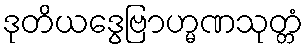
ဒုတိယဒွေဗြာဟ္မဏသုတ္တံ